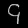
Digit: ၄